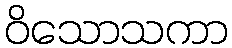
ဝိသောသကာ